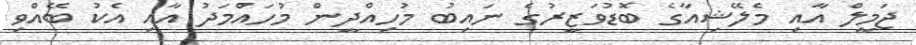
ޖަމީލް އާއި މެލޭޝިއާގެ ބޮޑުވަޒީރުގެ ނައިބު މުހިއްދީން މުހައްމަދު އާއި އެކު ބޭއްވި